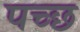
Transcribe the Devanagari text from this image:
पच्छ